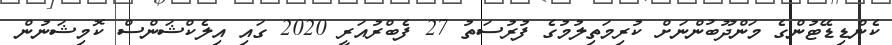
ކެންޑިޑޭޓުންގެ މަންދޫބުންނަށް ކުރިމަތިލުމުގެ ފުރުސަތު 27 ފެބްރުއަރީ 2020 ގައި އިލެކްޝަންސް ކޮމިޝަނުން